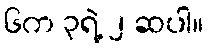
၆က ၃ရဲ့ ၂ ဆပါ။